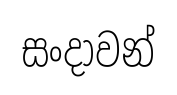
සංදාවන්